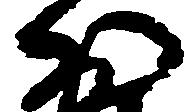
少